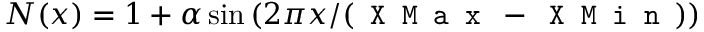
N ( x ) = 1 + \alpha \sin \left( 2 \pi x / ( \texttt { X M a x } - \texttt { X M i n } ) \right)